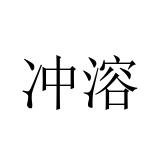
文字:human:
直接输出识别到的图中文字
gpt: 冲溶